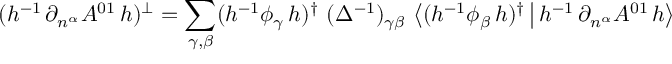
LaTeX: ( h ^ { - 1 } \, \partial _ { n ^ { \alpha } } A ^ { 0 1 } \, h ) ^ { \bot } = \sum _ { \gamma , \beta } ( h ^ { - 1 } \phi _ { \gamma } \, h ) ^ { \dagger } \ ( \Delta ^ { - 1 } ) _ { \gamma \beta } \ \big \langle ( h ^ { - 1 } \phi _ { \beta } \, h ) ^ { \dagger } \, \big | \, h ^ { - 1 } \, \partial _ { n ^ { \alpha } } A ^ { 0 1 } \, h \big \rangle